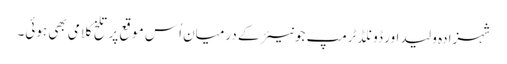
شہزادہ ولید اور ڈونلڈ ٹرمپ جونیئر کے درمیان اُس موقع پر تلخ کلامی بھی ہوئی۔